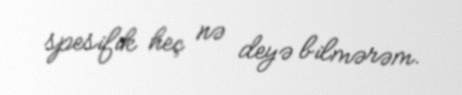
spesifik heç nə deyə bilmərəm.